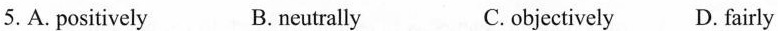
5.A.positively B.neutrallyC. objectively D. fairly